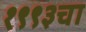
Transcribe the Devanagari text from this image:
१९९३चा